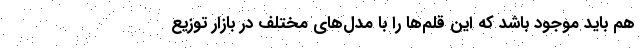
هم باید موجود باشد که این قلم‌ها را با مدل‌های مختلف در بازار توزیع